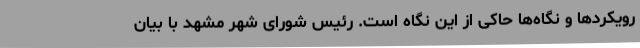
رویکردها و نگاه‌ها حاکی از این نگاه است. رئیس شورای شهر مشهد با بیان